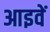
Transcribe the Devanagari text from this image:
आइवें